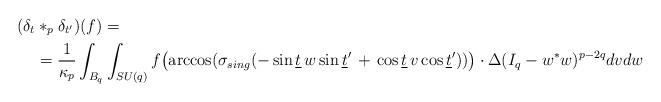
LaTeX: \begin{align*}(\delta_{t}&*_p \delta_{t^\prime})(f)=\\&=\frac{1}{\kappa_p}\int_{B_q}\int_{SU(q)} f\bigl(\arccos(\sigma_{sing}(-\sin\underline t \,w\sin\underline t^\prime \,+\,\cos \underline t\, v \cos \underline t^\prime))\bigr) \cdot\Delta(I_q-w^*w)^{p-2q} dv dw\end{align*}